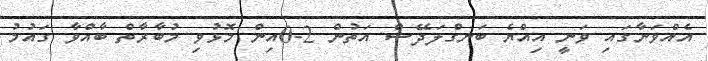
އެއްވަނާގައި ވަނީ އިއްޔެ ބަނގްލަދޭޝް އަތުން 2-0އިން މޮޅުވި މުބާރާތް ބާއްވާ ގައުމު